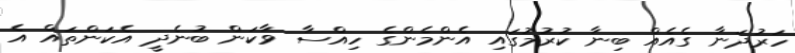
ހަރުދަނާ ގެއެއް ބިނާ ކުރުމުގައި އެންމެންގެ ހިއްސާ ވާކަން ބުނެދީ އެކަންތައް އެ